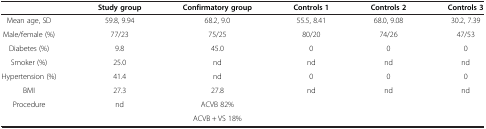
|  | Study group | Confirmatory group | Controls 1 | Controls 2 | Controls 3 |
 | --- | --- | --- | --- | --- | --- |
 | Mean age, SD | 59.8, 9.94 | 68.2, 9.0 | 55.5, 8.41 | 68.0, 9.08 | 30.2, 7.39 |
 | Male/female (%) | 77/23 | 75/25 | 80/20 | 74/26 | 47/53 |
 | Diabetes (%) | 9.8 | 45.0 | 0 | 0 | 0 |
 | Smoker (%) | 25.0 | nd | nd | nd | nd |
 | Hypertension (%) | 41.4 | nd | 0 | 0 | 0 |
 | BMI | 27.3 | 27.8 | nd | nd | nd |
 | Procedure | nd | ACVB 82% |  |  |  |
 |  |  | ACVB + VS 18% |  |  |  |